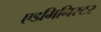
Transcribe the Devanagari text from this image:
एडमिनिस्टर